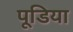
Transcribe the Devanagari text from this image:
पूडिया